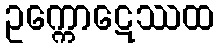
ဥက္ကောဋေဿထ